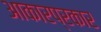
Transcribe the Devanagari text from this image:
आकारप्रकार